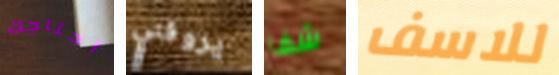
أحتاجك يروقني شفا للاسف